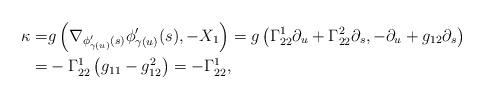
LaTeX: \begin{align*}\kappa=&g\left(\nabla_{\phi'_{\gamma(u)}(s)}\phi'_{\gamma(u)}(s),-X_1\right)=g\left(\Gamma_{22}^1\partial_u+\Gamma_{22}^2\partial_s,-\partial_u+g_{12}\partial_s\right)\\=&-\Gamma_{22}^1\left(g_{11}-g_{12}^2\right)=-\Gamma_{22}^1,\end{align*}